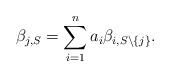
LaTeX: \begin{align*}\beta_{j,S}=\sum_{i=1}^n a_i \beta_{i,S\setminus \{j\}}.\end{align*}